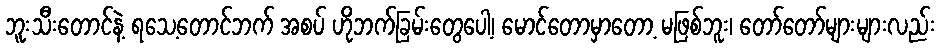
ဘူးသီးတောင်နဲ့ ရသေ့တောင်ဘက် အစပ် ဟိုဘက်ခြမ်းတွေပေါ့၊ မောင်တောမှာတော့ မဖြစ်ဘူး၊ တော်တော်များများလည်း